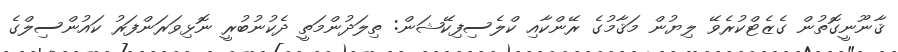
ޤާނޫނީގޮތުން ގެޒެޓްކުރެވޭ ލިޔުން މަޤާމުގެ ރޭންކާއި ކްލެސިފިކޭޝަން: ތިލަދުންމަތީ ދެކުނުބުރީ ނޮޅިވަރަންފަރު ކައުންސިލްގެ